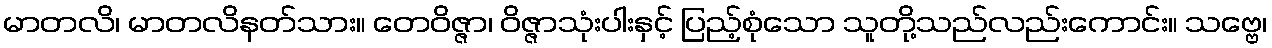
မာတလိ၊ မာတလိနတ်သား။ တေဝိဇ္ဇာ၊ ဝိဇ္ဇာသုံးပါးနှင့် ပြည့်စုံသော သူတို့သည်လည်းကောင်း။ သဗ္ဗေ၊